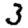
Digit: 3